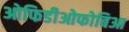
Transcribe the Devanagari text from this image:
ओफिडीओफोबिआ